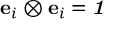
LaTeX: \mathbf { e } _ { i } \otimes \mathbf { e } _ { i } = { \boldsymbol { \mathit { 1 } } }